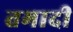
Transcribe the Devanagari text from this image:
तमादी